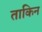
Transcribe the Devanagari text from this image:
ताकिन